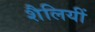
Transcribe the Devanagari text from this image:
शैलियीं